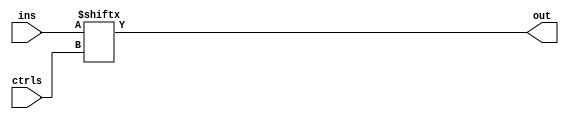
// This program was cloned from: https://github.com/scluconn/DA_PUF_Library
// License: MIT License


module mux_n21 #(parameter nCTRL = 8)(ins,ctrls,out);

	localparam nIN = 2**nCTRL;
	
	input [nIN-1:0] ins;
	input [nCTRL-1:0] ctrls;
	output out;

	assign out = ins[ctrls];

endmodule